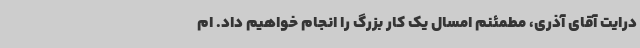
درایت آقای آذری، مطمئنم امسال یک کار بزرگ را انجام خواهیم داد. ام